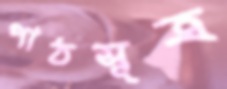
পাঠসূত্র